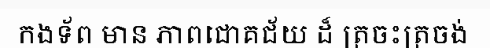
កងទ័ព មាន ភាពជោគជ័យ ដ៏ ត្រចះត្រចង់